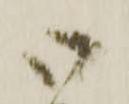
御